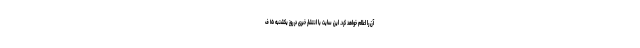
آن را اعلام خواهد کرد. این سایت با انتشار خبری در روز یکشنبه ۱۵ ف